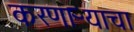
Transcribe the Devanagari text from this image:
करणाऱ्याचा